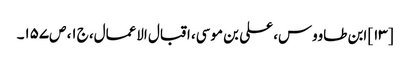
[۱۳] ابن طاووس، علی بن موسی، اقبال الاعمال، ج‌۱، ص‌۱۵۷۔